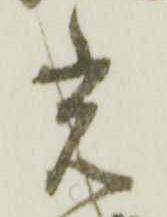
光